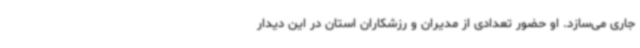
جاری می‌سازد. او حضور تعدادی از مدیران و رزشکاران استان در این دیدار